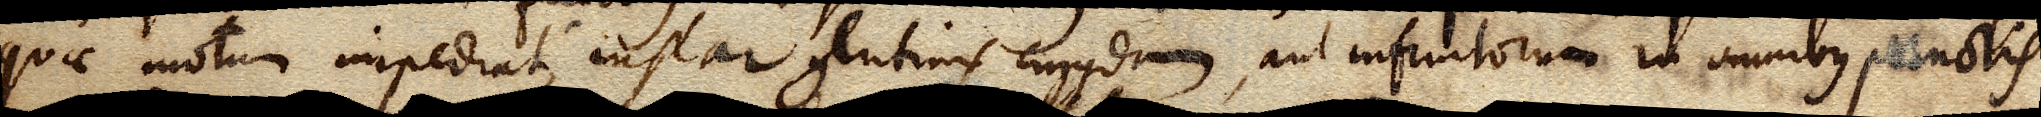
quae motum impediat, instar glutinis cujusdam, aut infinitorum in omnibus punctis